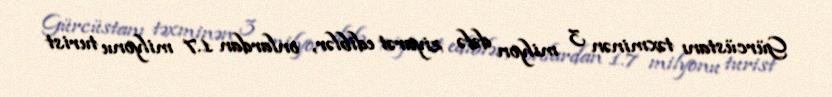
Gürcüstanı təxminən 3 milyon dəfə ziyarət ediblər, onlardan 1.7 milyonu turist